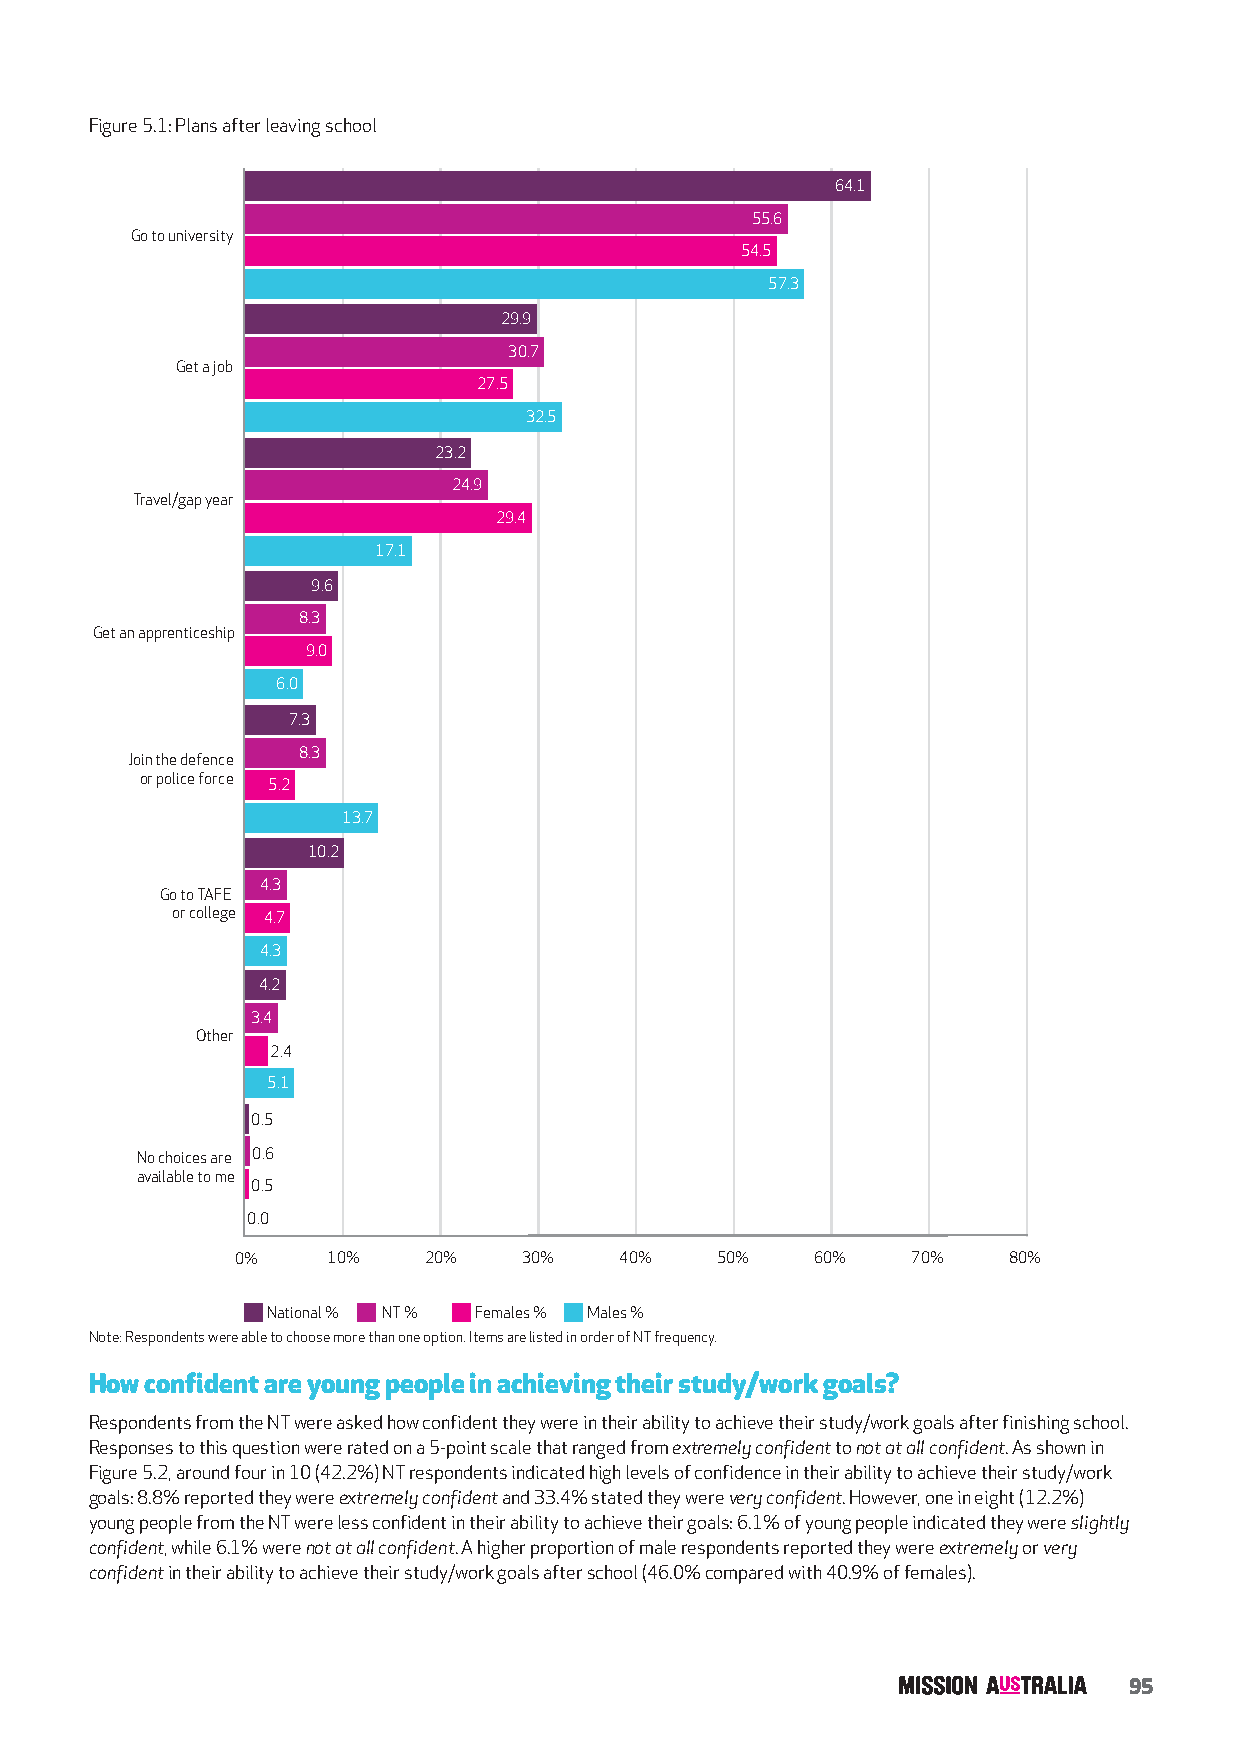
Figure 5.1: Plans after leaving school
 64.1
 55.6
 Go to university
 54.5
 57.3
 29.9
 30.7
 Get a job
 27.5
 32.5
 23.2
 24.9
 Travel/gap year
 29.4
 17.1
 9.6
 8.3
 Get an apprenticeship
 9.0
 6.0
 7.3
 8.3
 Join the defence
 or police force 5.2
 13.7
 10.2
 4.3
 Go to TAFE
 or college 4.7
 4.3
 3.6  4.2
 3.4
 Other
 2.4
 5.1
 0.5
 No choices are 0.6
 available to me
 0.5
 0.0
 0%    10%   20%    30%   40%   50%    60%   70%    80%
 National % NT % Females % Males %
 Note: Respondents were able to choose more than one option. Items are listed in order of NT frequency.
 How confident are young people in achieving their study/work goals?
 Respondents from the NT were asked how confident they were in their ability to achieve their study/work goals after finishing school.
 Responses to this question were rated on a 5-point scale that ranged from extremely confident to not at all confident. As shown in
 Figure 5.2, around four in 10 (42.2%) NT respondents indicated high levels of confidence in their ability to achieve their study/work
 goals: 8.8% reported they were extremely confident and 33.4% stated they were very confident. However, one in eight (12.2%)
 young people from the NT were less confident in their ability to achieve their goals: 6.1% of young people indicated they were slightly
 confident, while 6.1% were not at all confident. A higher proportion of male respondents reported they were extremely or very
 confident in their ability to achieve their study/work goals after school (46.0% compared with 40.9% of females).
 95